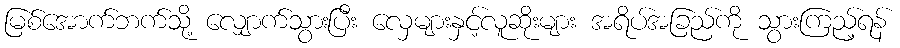
မြစ်အောက်ဘက်သို့ လျှောက်သွားပြီး လှေများနှင့်လူဆိုးများ အရိပ်အခြည်ကို သွားကြည့်ရန်